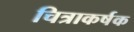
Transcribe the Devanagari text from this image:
चित्राकर्षक